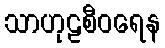
သာဟုဠစီဝရေန